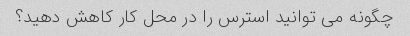
چگونه می توانید استرس را در محل کار کاهش دهید؟